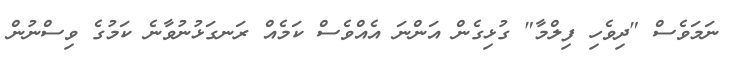
ނަމަވެސް "ދިވެހި ފިލްމާ" ގުޅިގެން އަންނަ އެއްވެސް ކަމެއް ރަނގަޅުނުވާނެ ކަމުގެ ވިސްނުން